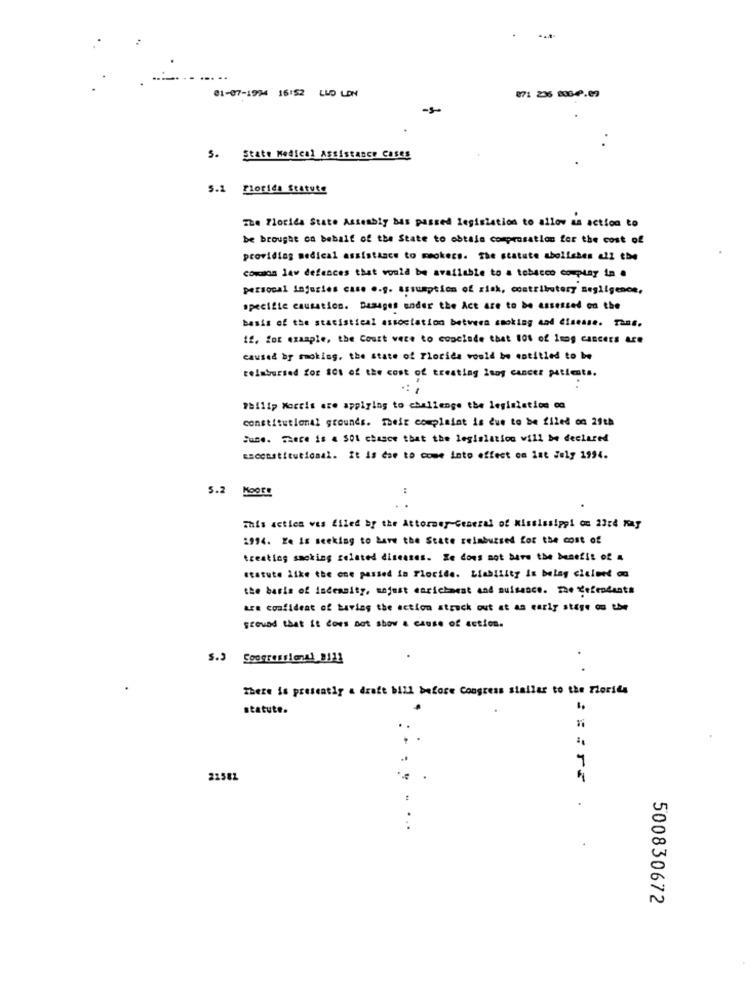
01-07-1974 16:52 LUD LON
871 236 2004.09
S. State Medical Assistance Cases
5.1 Florids Statute
The Florida State Assembly Mas passed legislation to allow as action to
be brought on behalf of the State to obtain compensation for the cost of
providing medical assistance to cookers. The statute abolishes all the
common law defences that would be available to a tobacco complay in a
personal injuries case o.g. assumption of risk, contributery negligence,
specific causation. Desaget under the Act are to be assessed on the
basis of the statistical association between smoking and disease. Tans.
12. for example, the Court vere to conclude that 101 of 1nog CARCeES Are
caused by smoking, the state of Florida would be entitled to be
reimbursed for $01 of the cost of treating lung cancer patients.
Philip Morris are applying to challenge the legislation co
constitutional grounds. Their complaint is due to be filed on 29th
June. There is a 501 chasce that the legislation will be declared
ssconstitutional. It is doe to come into effect on ist July 1994.
5.2 MOOE!
This acties ves filed by the Attorney General of Mississippi on 23ce Kay
1994. Ke is seeking to have the State reimbursed for the cost of
treating smoking related diseases. Se does not bare the benefit of 4
statute like the one passed in Floride. Liability is belag cicloet do
the basis of incenaity, unjust enrichment and nuisance. The defendant#
are confident of Living the action strack out at an early stage on the
scowas that it does not show a cause of action.
S.3 Congressional 9112
.
There is presently a draft bill before Congress staller to the Florida
statute.
21581
...
500830672